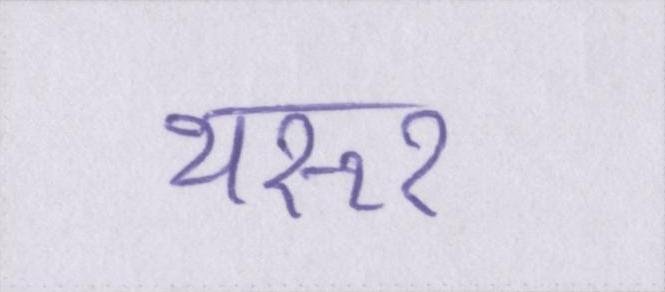
थरूर